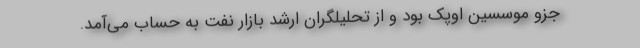
جزو موسسین اوپک بود و از تحلیلگران ارشد بازار نفت به حساب می‌آمد.